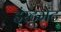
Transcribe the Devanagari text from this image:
इंस्टूमेंट